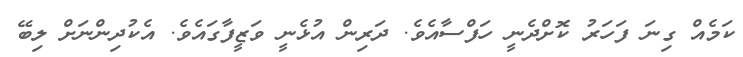
ކަމެއް ގިނަ ފަހަރު ކޮށްދެނީ ހަފްސާއެވެ. ދަރިން އުޅެނީ ވަޒީފާގައެވެ. އެކުދިންނަށް ލިބޭ